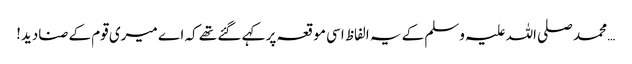
… محمد صلی اللہ علیہ وسلم کے یہ الفاظ اسی موقعہ پر کہے گئے تھے کہ اے میری قوم کے صنادید!